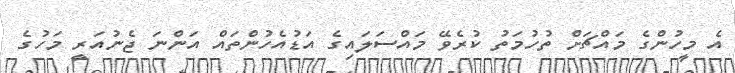
އެ މީހުންގެ މައްޗަށް ތުހުމަތު ކުރެވޭ މައްސަލައިގެ އަޑުއެހުންތައް އަންނަ ޖެނުއަރީ މަހުގެ